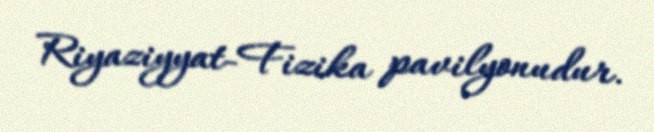
Riyaziyyat-Fizika pavilyonudur.